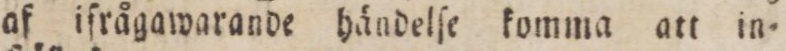
af iſrågawarande händelſe komma att in=